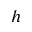
h